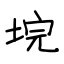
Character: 垸